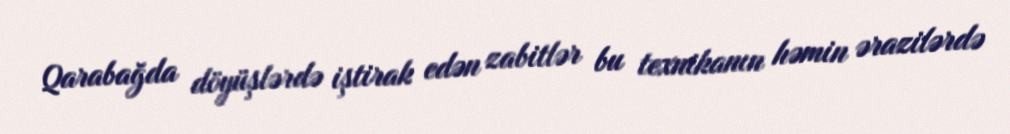
Qarabağda döyüşlərdə iştirak edən zabitlər bu texnikanın həmin ərazilərdə